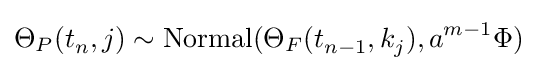
\Theta _{P}(t_{n}^{},j)\sim \mathrm {Normal} (\Theta _{F}(t_{n-1}^{},k_{j}^{}),a^{m-1}\Phi )